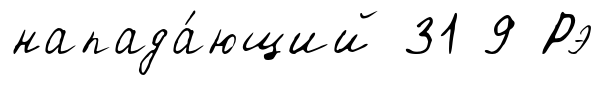
напада́ющий 31 9 Рэ